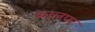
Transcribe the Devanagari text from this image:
कालपर